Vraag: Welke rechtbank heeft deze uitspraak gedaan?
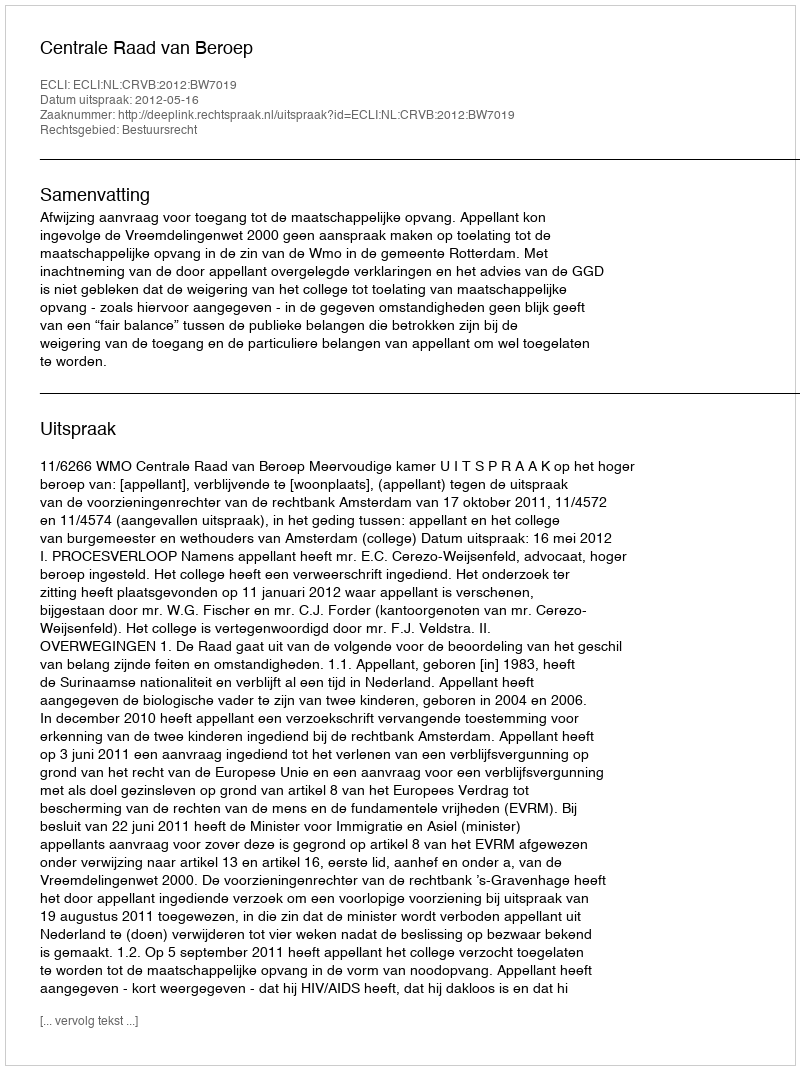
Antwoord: Centrale Raad van Beroep